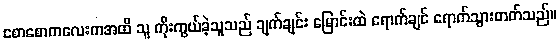
စောစောကလေးကအထိ သူ ကိုးကွယ်ခဲ့သူသည် ချက်ချင်း မြောင်းထဲ ရောက်ချင် ရောက်သွားတတ်သည်။